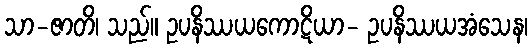
သာ-ဇာတိ၊ သည်။ ဥပနိဿယကောဋိယာ- ဥပနိဿယအံသေန၊